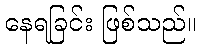
နေရခြင်း ဖြစ်သည်။